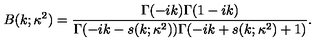
B ( k ; \kappa ^ { 2 } ) = \frac { \Gamma ( - i k ) \Gamma ( 1 - i k ) } { \Gamma ( - i k - s ( k ; \kappa ^ { 2 } ) ) \Gamma ( - i k + s ( k ; \kappa ^ { 2 } ) + 1 ) } .